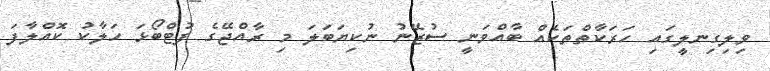
ވިލިގިނލީގައި ހަރަކާތްތަކެއް ބާއްވަނީ ސުޒޭނު ނުކިޔަބަލަ މި ރާއްޖޭގެ ފުޓްބޯޅަ ހަލާކު ކޮއްލާފަ